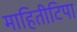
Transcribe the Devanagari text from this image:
माहितीटिपा